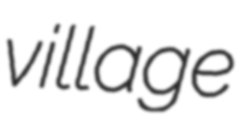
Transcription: village